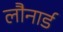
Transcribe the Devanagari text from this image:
लौनार्ड